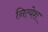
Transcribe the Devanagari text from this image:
नित्येश